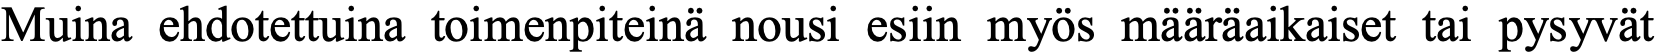
Muina ehdotettuina toimenpiteinä nousi esiin myös määräaikaiset tai pysyvät